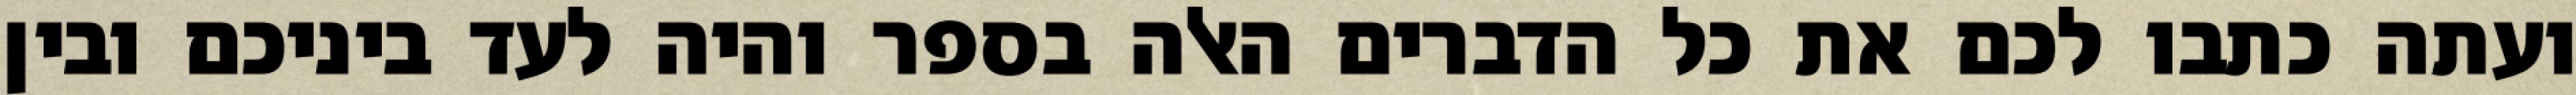
ועתה כתבו לכם את כל הדברים האלה בספר והיה לעד ביניכם ובין